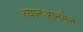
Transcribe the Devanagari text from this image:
त्यानआनमेन